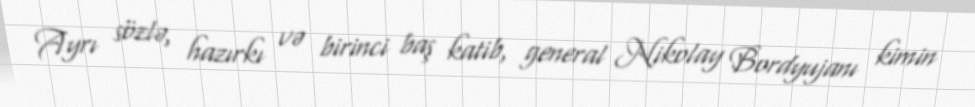
Ayrı sözlə, hazırkı və birinci baş katib, general Nikolay Bordyujanı kimin